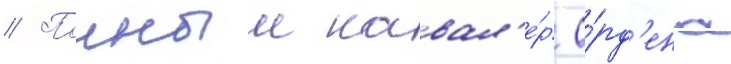
// Полныи кавал'е́р о́рд'ена